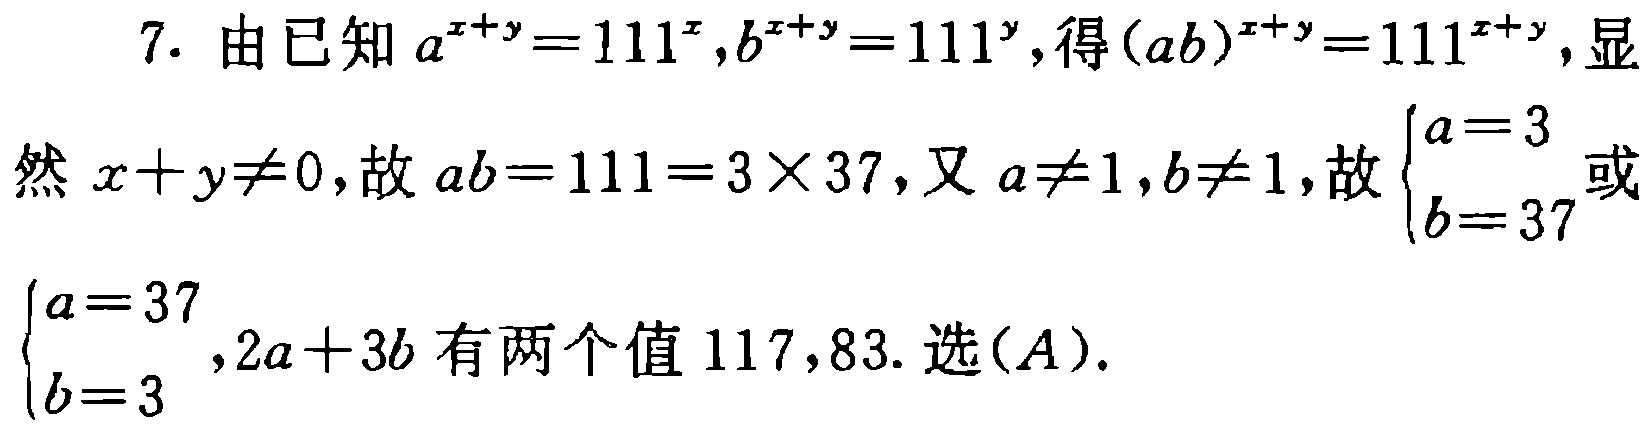
7. 由已知 \(a^{x + y}=111^{x},b^{x + y}=111^{y}\), 得 \((ab)^{x + y}=111^{x + y}\), 显然 \(x + y\neq0\), 故 \(ab = 111=3\times37\), 又 \(a\neq1,b\neq1\), 故 \(\begin{cases}a = 3\\b = 37\end{cases}\) 或 \(\begin{cases}a = 37\\b = 3\end{cases}\), \(2a + 3b\) 有两个值 \(117,83\). 选 (\(A\)).